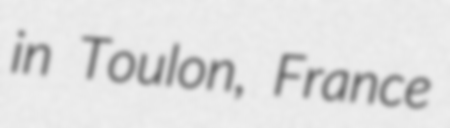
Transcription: in Toulon, France